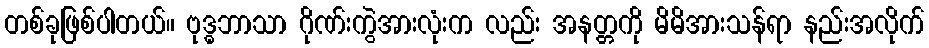
တစ်ခုဖြစ်ပါတယ်။ ဗုဒ္ဓဘာသာ ဂိုဏ်းကွဲအားလုံးက လည်း အနတ္တကို မိမိအားသန်ရာ နည်းအလိုက်